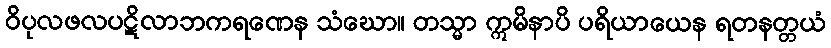
ဝိပုလဖလပဋိလာဘကရဏေန သံဃော။ တသ္မာ ဣမိနာပိ ပရိယာယေန ရတနတ္တယံ